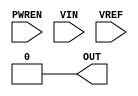
module GP_ACMP(input wire PWREN, input wire VIN, input wire VREF, output reg OUT);
	parameter BANDWIDTH = "HIGH";
	parameter VIN_ATTEN = 1;
	parameter VIN_ISRC_EN = 0;
	parameter HYSTERESIS = 0;
	initial OUT = 0;
endmodule